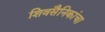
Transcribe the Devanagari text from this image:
शिवसैनिकांचा